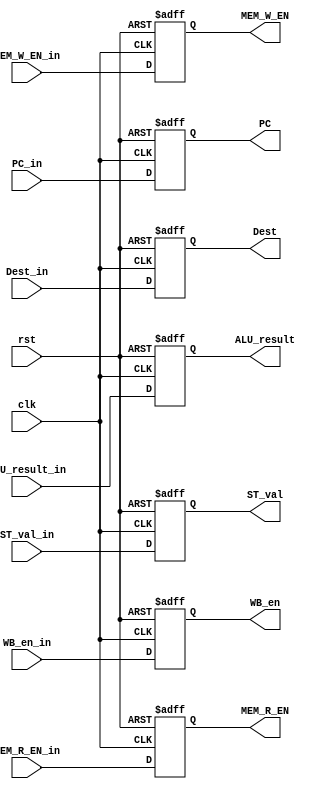
module EX_Stage_reg
  (
    input clk,
    input rst,
    input WB_en_in,
    input MEM_R_EN_in,
    input MEM_W_EN_in,

    input [31:0] PC_in,
    input [31:0] ALU_result_in,
    input [31:0] ST_val_in,
    input [4:0] Dest_in,

    output reg WB_en,
    output reg MEM_R_EN,
    output reg  MEM_W_EN,
    output reg [31:0] PC,
    output reg [31:0] ALU_result,
    output reg [31:0] ST_val,
    output reg [4:0] Dest
  );

  always @(posedge clk, posedge rst)
    begin
      if(rst)
        begin
        WB_en <= 1'b0;
        MEM_R_EN <= 1'b0;
        MEM_W_EN <= 1'b0;
        PC <= 32'b0;
        ALU_result <= 32'b0;
        ST_val <= 1'b0;
        Dest <= 5'b0;
      end
      else
        begin

          WB_en <= WB_en_in;
          MEM_R_EN <= MEM_R_EN_in;
          MEM_W_EN <= MEM_W_EN_in;
          PC <= PC_in;
          ALU_result <= ALU_result_in;
          ST_val <= ST_val_in;
          Dest <= Dest_in;

        end
    end

endmodule